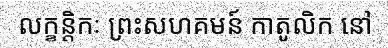
លក្ខន្តិកៈ ព្រះសហគមន៍ កាតូលិក នៅ